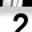
Digit: 2